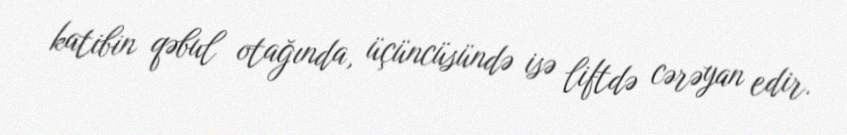
katibin qəbul otağında, üçüncüsündə isə liftdə cərəyan edir.